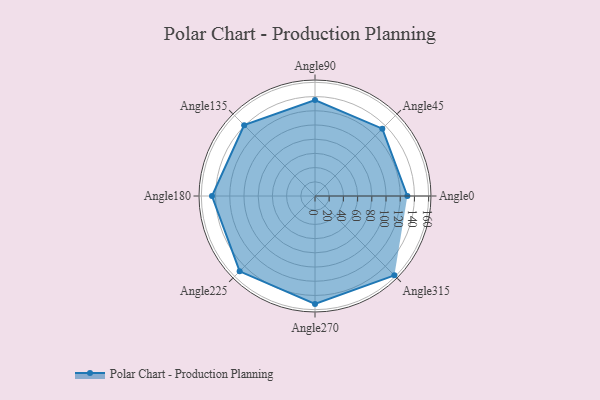
{"axis": {"x": "Angle", "y": "Radius"}, "legend": [""], "data": [{"x": "Angle0", "y": 130.0, "type": ""}, {"x": "Angle45", "y": 134.0, "type": ""}, {"x": "Angle90", "y": 135.0, "type": ""}, {"x": "Angle135", "y": 141.0, "type": ""}, {"x": "Angle180", "y": 145.0, "type": ""}, {"x": "Angle225", "y": 150.0, "type": ""}, {"x": "Angle270", "y": 152.0, "type": ""}, {"x": "Angle315", "y": 158.0, "type": ""}]}